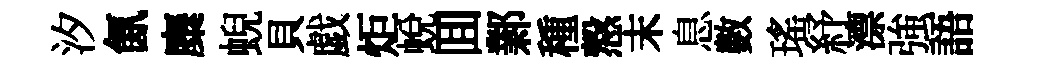
汐氤麋蜺貝戯炬蜕囬鄴種慤末息數瑤紓漂強語